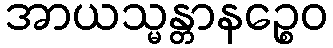
အာယသ္မန္တာနဉ္စေဝ